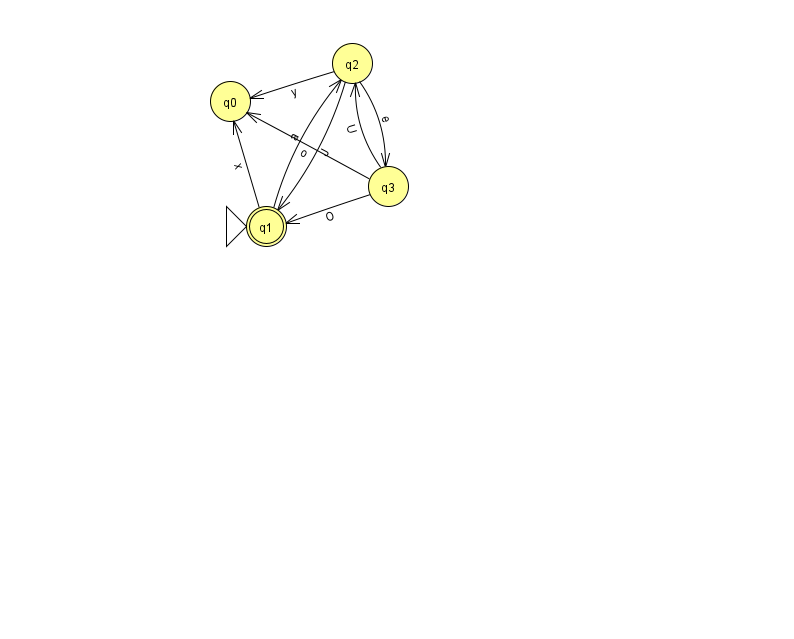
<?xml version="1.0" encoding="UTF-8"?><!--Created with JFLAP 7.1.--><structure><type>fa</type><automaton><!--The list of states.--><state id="0" name="q0"><x>230.0</x><y>88.0</y></state><state id="1" name="q1"><x>266.0</x><y>213.0</y><initial/><final/></state><state id="2" name="q2"><x>352.0</x><y>50.0</y></state><state id="3" name="q3"><x>388.0</x><y>173.0</y></state><!--The list of transitions.--><transition><from>1</from><to>2</to><read>a</read></transition><transition><from>3</from><to>1</to><read>O</read></transition><transition><from>2</from><to>0</to><read>y</read></transition><transition><from>1</from><to>0</to><read>x</read></transition><transition><from>2</from><to>1</to><read>J</read></transition><transition><from>2</from><to>3</to><read>e</read></transition><transition><from>3</from><to>2</to><read>U</read></transition><transition><from>3</from><to>0</to><read>o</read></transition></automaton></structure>